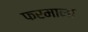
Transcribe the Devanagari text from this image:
फरमाना